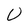
Character: U